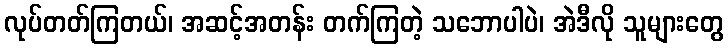
လုပ်တတ်ကြတယ်၊ အဆင့်အတန်း တက်ကြတဲ့ သဘောပါပဲ၊ အဲဒီလို သူများတွေ